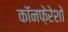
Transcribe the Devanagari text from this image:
कॉनफ़ेरेशो